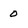
Character: 0